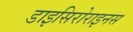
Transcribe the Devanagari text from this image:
डाइसिरोराइनस